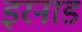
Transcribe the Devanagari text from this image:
इरनाड